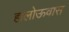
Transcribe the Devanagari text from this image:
हालोऊवास